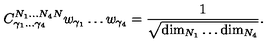
{ C } _ { \gamma _ { 1 } \ldots \gamma _ { 4 } } ^ { N _ { 1 } \ldots N _ { 4 } N } w _ { \gamma _ { 1 } } \ldots w _ { \gamma _ { 4 } } = { \frac { 1 } { \sqrt { \mathrm { d i m } _ { N _ { 1 } } \ldots \mathrm { d i m } _ { N _ { 4 } } } } } .